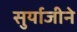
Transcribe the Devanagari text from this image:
सुर्याजीने